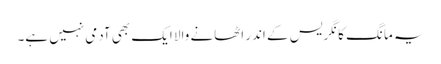
یہ مانگ کانگریس کے اندر اٹھانے والا ایک بھی آدمی نہیں ہے۔